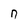
Character: n